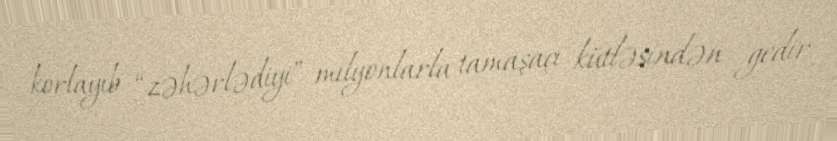
korlayıb “zəhərlədiyi” milyonlarla tamaşaçı kütləsindən gedir.